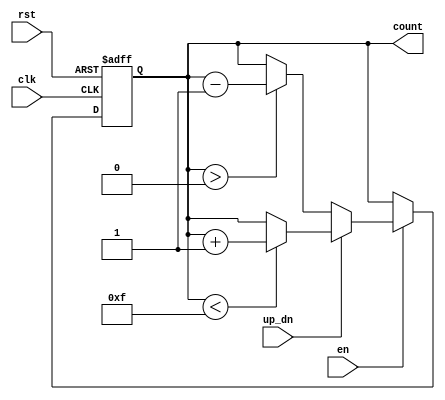
module up_down_counter (
    input wire clk,          // Clock input
    input wire en,          // Enable signal
    input wire up_dn,       // Up/Down control signal
    input wire rst,         // Asynchronous reset
    output reg [3:0] count  // 4-bit count output
);

    // Initial value of the counter
    initial begin
        count = 4'b0000; // Set initial count to 0
    end

    // Always block triggered on the rising edge of the clock or reset
    always @(posedge clk or posedge rst) begin
        if (rst) begin
            count <= 4'b0000; // Reset count to 0
        end else if (en) begin
            if (up_dn) begin
                // Increment count, but check for overflow
                if (count < 4'b1111) begin
                    count <= count + 1'b1;
                end
            end else begin
                // Decrement count, but check for underflow
                if (count > 4'b0000) begin
                    count <= count - 1'b1;
                end
            end
        end
    end

endmodule